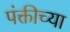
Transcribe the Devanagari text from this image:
पंक्तीच्या